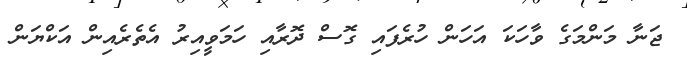
ޖަނާ މަންމަގެ ވާހަކަ އަހަން ހުރެފައި ގޮސް ދޮރާއި ހަމަވީއިރު އެތެރެއިން އަކްޔަން